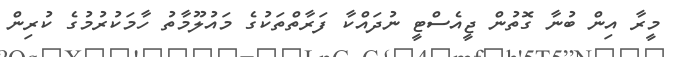
މީރާ އިން ބުނާ ގޮތުން ޖީއެސްޓީ ނުދައްކާ ފަރާތްތަކުގެ މައުލޫމާތު ހާމަކުރުމުގެ ކުރިން